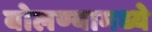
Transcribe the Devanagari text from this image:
बोलण्यामध्ये